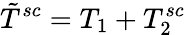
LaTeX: \tilde{T}^{sc}=T_{1}+T_{2}^{sc}